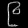
Digit: ၉